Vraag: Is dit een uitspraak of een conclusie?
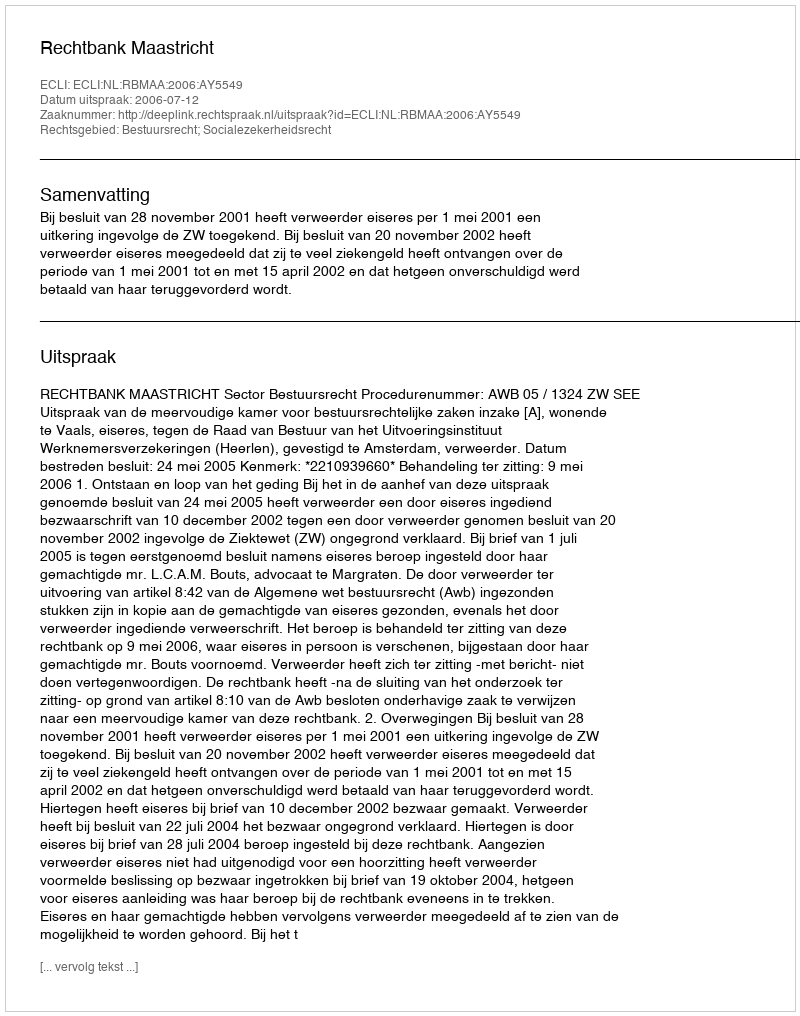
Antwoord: Uitspraak